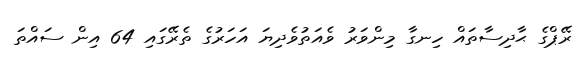
ރޭޕްގެ ޙާދިސާތައް ހިނގާ މިންވަރު ވެއަތުވެދިޔަ އަހަރުގެ ތެރޭގައި 64 އިން ސައްތަ